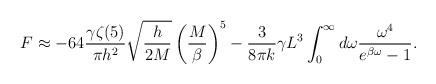
LaTeX: \begin{align*}F \approx - 64 \frac{\gamma \zeta(5)}{\pi h^2} \sqrt{\frac{h}{2M}} \left(\frac{M}{\beta}\right)^5 - \frac{3}{8\pi k} \gamma L^3 \int_{0}^{\infty} d\omega \frac{\omega^4}{e^{\beta \omega} - 1}.\end{align*}